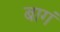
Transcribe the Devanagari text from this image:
बागं